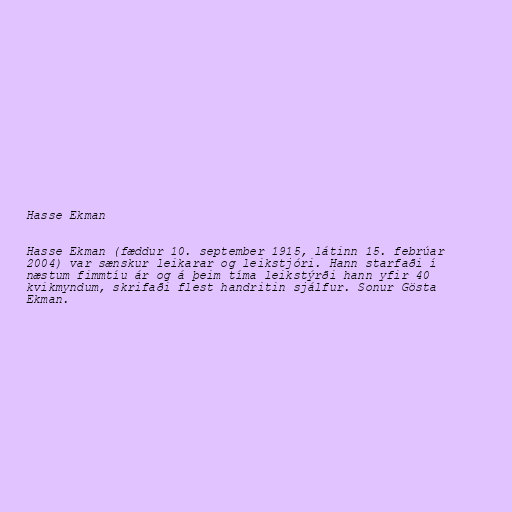
Hasse Ekman

Hasse Ekman (fæddur 10. september 1915, látinn 15. febrúar
2004) var sænskur leikarar og leikstjóri. Hann starfaði í
næstum fimmtíu ár og á þeim tíma leikstýrði hann yfir 40
kvikmyndum, skrifaði flest handritin sjálfur. Sonur Gösta
Ekman.